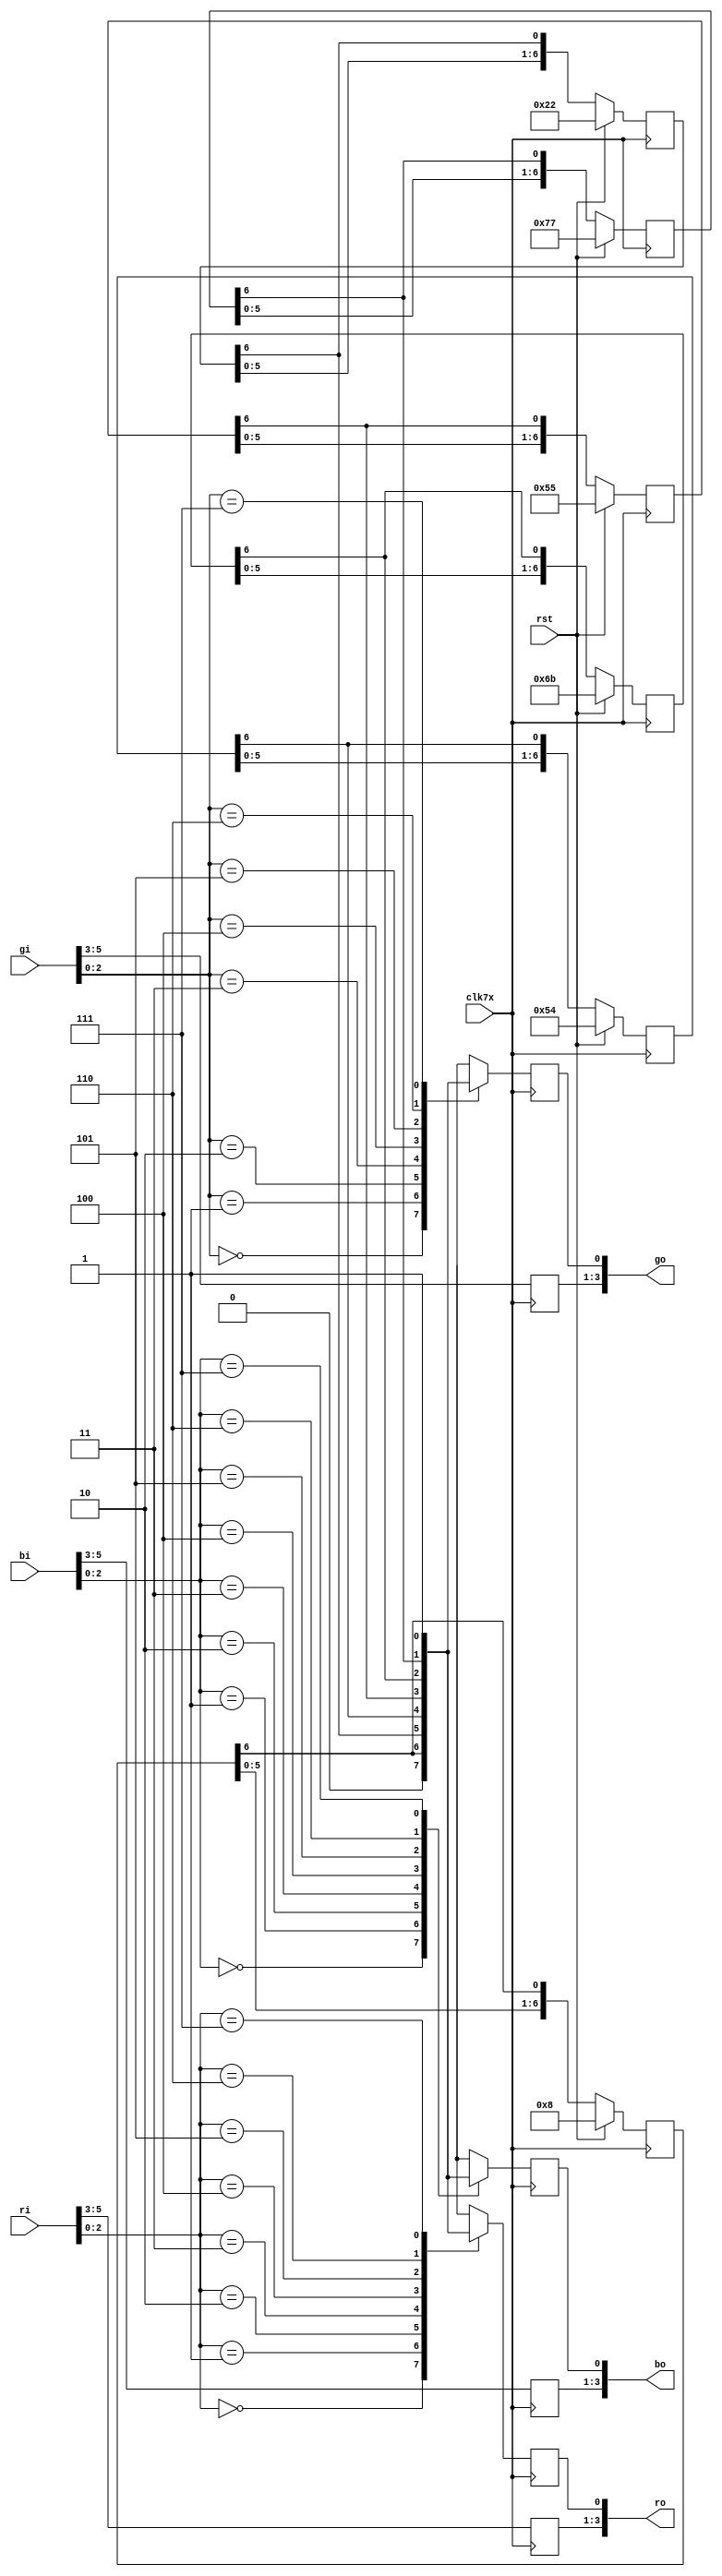

module ColorCvt18to12(rst,clk7x,ri,gi,bi,ro,go,bo);
input rst;
input clk7x;
input [5:0] ri;
input [5:0] gi;
input [5:0] bi;
output reg [3:0] ro;
output reg [3:0] go;
output reg [3:0] bo;

reg [6:0] power17,power27,power37,power47,power57,power67;
always @(posedge clk7x)
if (rst) begin
	power17 <= 7'b0001000;
	power27 <= 7'b0100010;
	power37 <= 7'b1010100;
	power47 <= 7'b1010101;
	power57 <= 7'b1101011;
	power67 <= 7'b1110111;
end
else begin
	power17 <= {power17[5:0],power17[6]};
	power27 <= {power27[5:0],power27[6]};
	power37 <= {power37[5:0],power37[6]};
	power47 <= {power47[5:0],power47[6]};
	power57 <= {power57[5:0],power57[6]};
	power67 <= {power67[5:0],power67[6]};
end


always @(posedge clk7x)
	ro[3:1] <= ri[5:3];
always @(posedge clk7x)
case(ri[2:0])
3'b000:	ro[0] <= 1'b0;
3'b001: ro[0] <= power17[6];
3'b010: ro[0] <= power27[6];
3'b011:	ro[0] <= power37[6];
3'b100:	ro[0] <= power47[6];
3'b101:	ro[0] <= power57[6];
3'b110:	ro[0] <= power67[6];
3'b111:	ro[0] <= 1'b1;
endcase

always @(posedge clk7x)
	go[3:1] <= gi[5:3];
always @(posedge clk7x)
case(gi[2:0])
3'b000:	go[0] <= 1'b0;
3'b001: go[0] <= power17[6];
3'b010: go[0] <= power27[6];
3'b011:	go[0] <= power37[6];
3'b100:	go[0] <= power47[6];
3'b101:	go[0] <= power57[6];
3'b110:	go[0] <= power67[6];
3'b111:	go[0] <= 1'b1;
endcase

always @(posedge clk7x)
	bo[3:1] <= bi[5:3];
always @(posedge clk7x)
case(bi[2:0])
3'b000:	bo[0] <= 1'b0;
3'b001: bo[0] <= power17[6];
3'b010: bo[0] <= power27[6];
3'b011:	bo[0] <= power37[6];
3'b100:	bo[0] <= power47[6];
3'b101:	bo[0] <= power57[6];
3'b110:	bo[0] <= power67[6];
3'b111:	bo[0] <= 1'b1;
endcase

endmodule